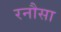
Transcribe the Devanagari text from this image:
रनौसा